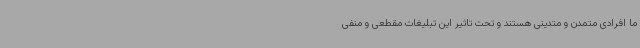
ما افرادی متمدن و متدینی هستند و تحت تاثیر این تبلیغات مقطعی و منفی